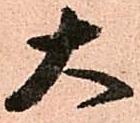
大